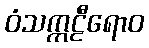
ဝံသက္ကဠီရောဝ